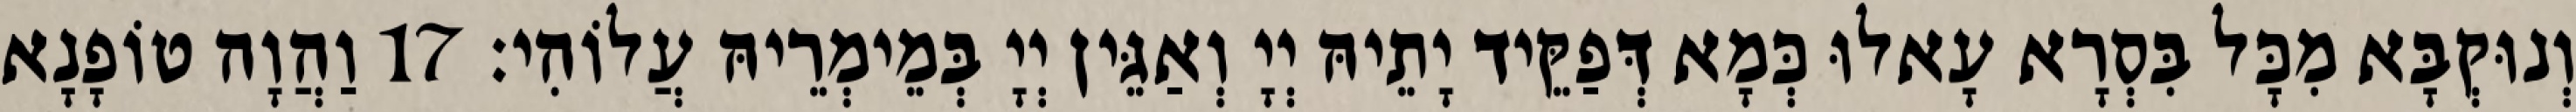
וְנוּקְבָּא מִכָּל בִּסְרָא עָאלוּ כְּמָא דְּפַקֵּיד יָתֵיהּ יְיָ וְאַגֵּין יְיָ בְּמֵימְרֵיהּ עֲלוֹהִי׃ 17 וַהֲוָה טוֹפָנָא